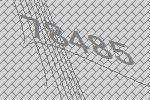
78485